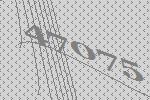
47075